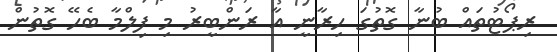
ރިޕޯޓުތައް ބުނާ ގޮތުގަ ހިރާނީ އާ ރަންބީރު މި ފިލްމާ ބެހޭ ގޮތުން